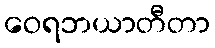
ဝေရဘယာတီတာ